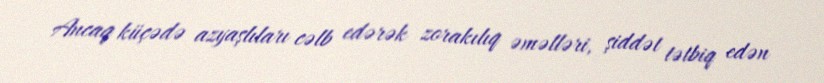
Ancaq küçədə azyaşlıları cəlb edərək zorakılıq əməlləri, şiddət tətbiq edən